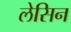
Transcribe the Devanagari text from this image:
लेसिन